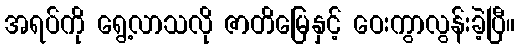
အရပ်ကို ရွေ့လာသလို ဇာတိမြေနှင့် ဝေးကွာလွန်းခဲ့ပြီ။